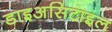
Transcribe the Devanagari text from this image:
डाइअसिटाइल